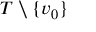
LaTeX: T \setminus \{ v _ { 0 } \}